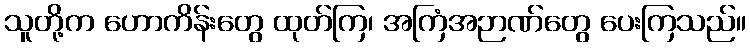
သူတို့က ဟောကိန်းတွေ ထုတ်ကြ၊ အကြံအဉာဏ်တွေ ပေးကြသည်။